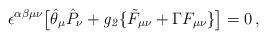
LaTeX: \begin{align*}\epsilon^{\alpha\beta\mu\nu} \big[ \hat \theta_\mu \hat P_\nu +{\it g_2} \{ \tilde F_{\mu\nu} + \Gamma F_{\mu\nu} \} \big] = 0 \,,\end{align*}